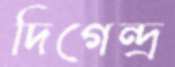
দিগেন্দ্র